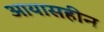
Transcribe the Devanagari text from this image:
आयासहीन